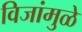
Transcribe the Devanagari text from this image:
विजांमुळे